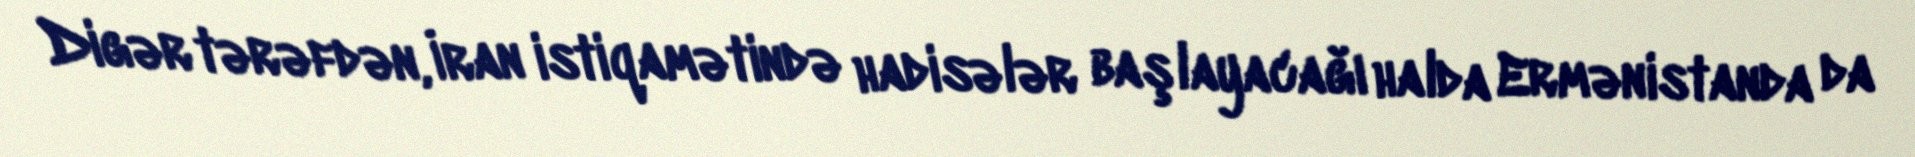
Digər tərəfdən, İran istiqamətində hadisələr başlayacağı halda Ermənistanda da